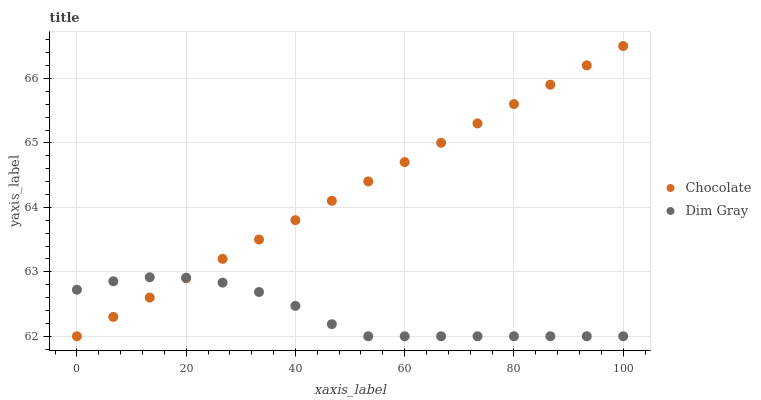
| xaxis_label | Chocolate | Dim Gray |
 | --- | --- | --- |
 | 0 | 62 | 62.7 |
 | 6.67 | 62.3 | 62.9 |
 | 13.3 | 62.6 | 62.9 |
 | 20 | 62.9 | 62.9 |
 | 26.7 | 63.2 | 62.8 |
 | 33.3 | 63.5 | 62.7 |
 | 40 | 63.8 | 62.5 |
 | 46.7 | 64.1 | 62.2 |
 | 53.3 | 64.4 | 62 |
 | 60 | 64.7 | 62 |
 | 66.7 | 65 | 62 |
 | 73.3 | 65.3 | 62 |
 | 80 | 65.6 | 62 |
 | 86.7 | 65.9 | 62 |
 | 93.3 | 66.2 | 62 |
 | 100 | 66.5 | 62 |